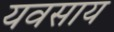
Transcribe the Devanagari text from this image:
यवसाय